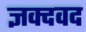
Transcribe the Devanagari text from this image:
ज्ञक्दवद